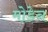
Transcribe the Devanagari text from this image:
मोडेन